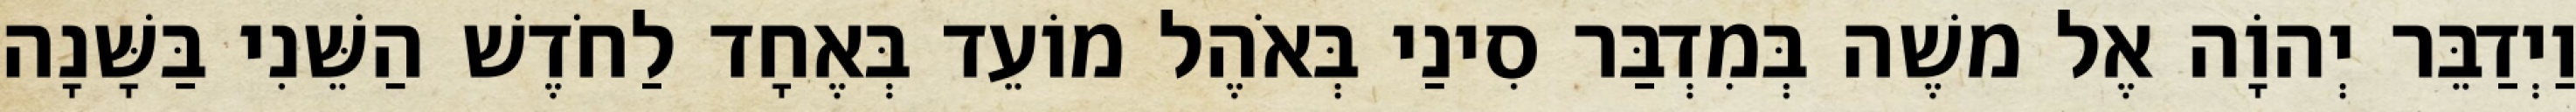
וַיְדַבֵּר יְהוָֹה אֶל משֶׁה בְּמִדְבַּר סִינַי בְּאֹהֶל מוֹעֵד בְּאֶחָד לַחֹדֶשׁ הַשֵּׁנִי בַּשָּׁנָה